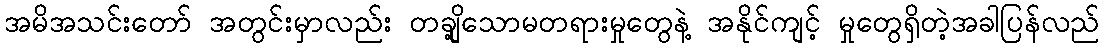
အမိအသင်းတော် အတွင်းမှာလည်း တချို့သောမတရားမှုတွေနဲ့ အနိုင်ကျင့် မှုတွေရှိတဲ့အခါပြန်လည်